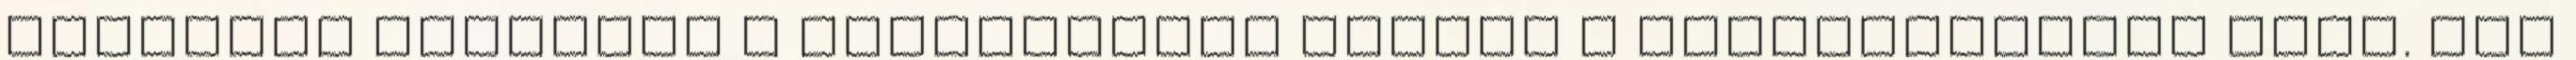
Facebook hirdetés A vállalkozók világa a kapcsolatokra épül. Nem